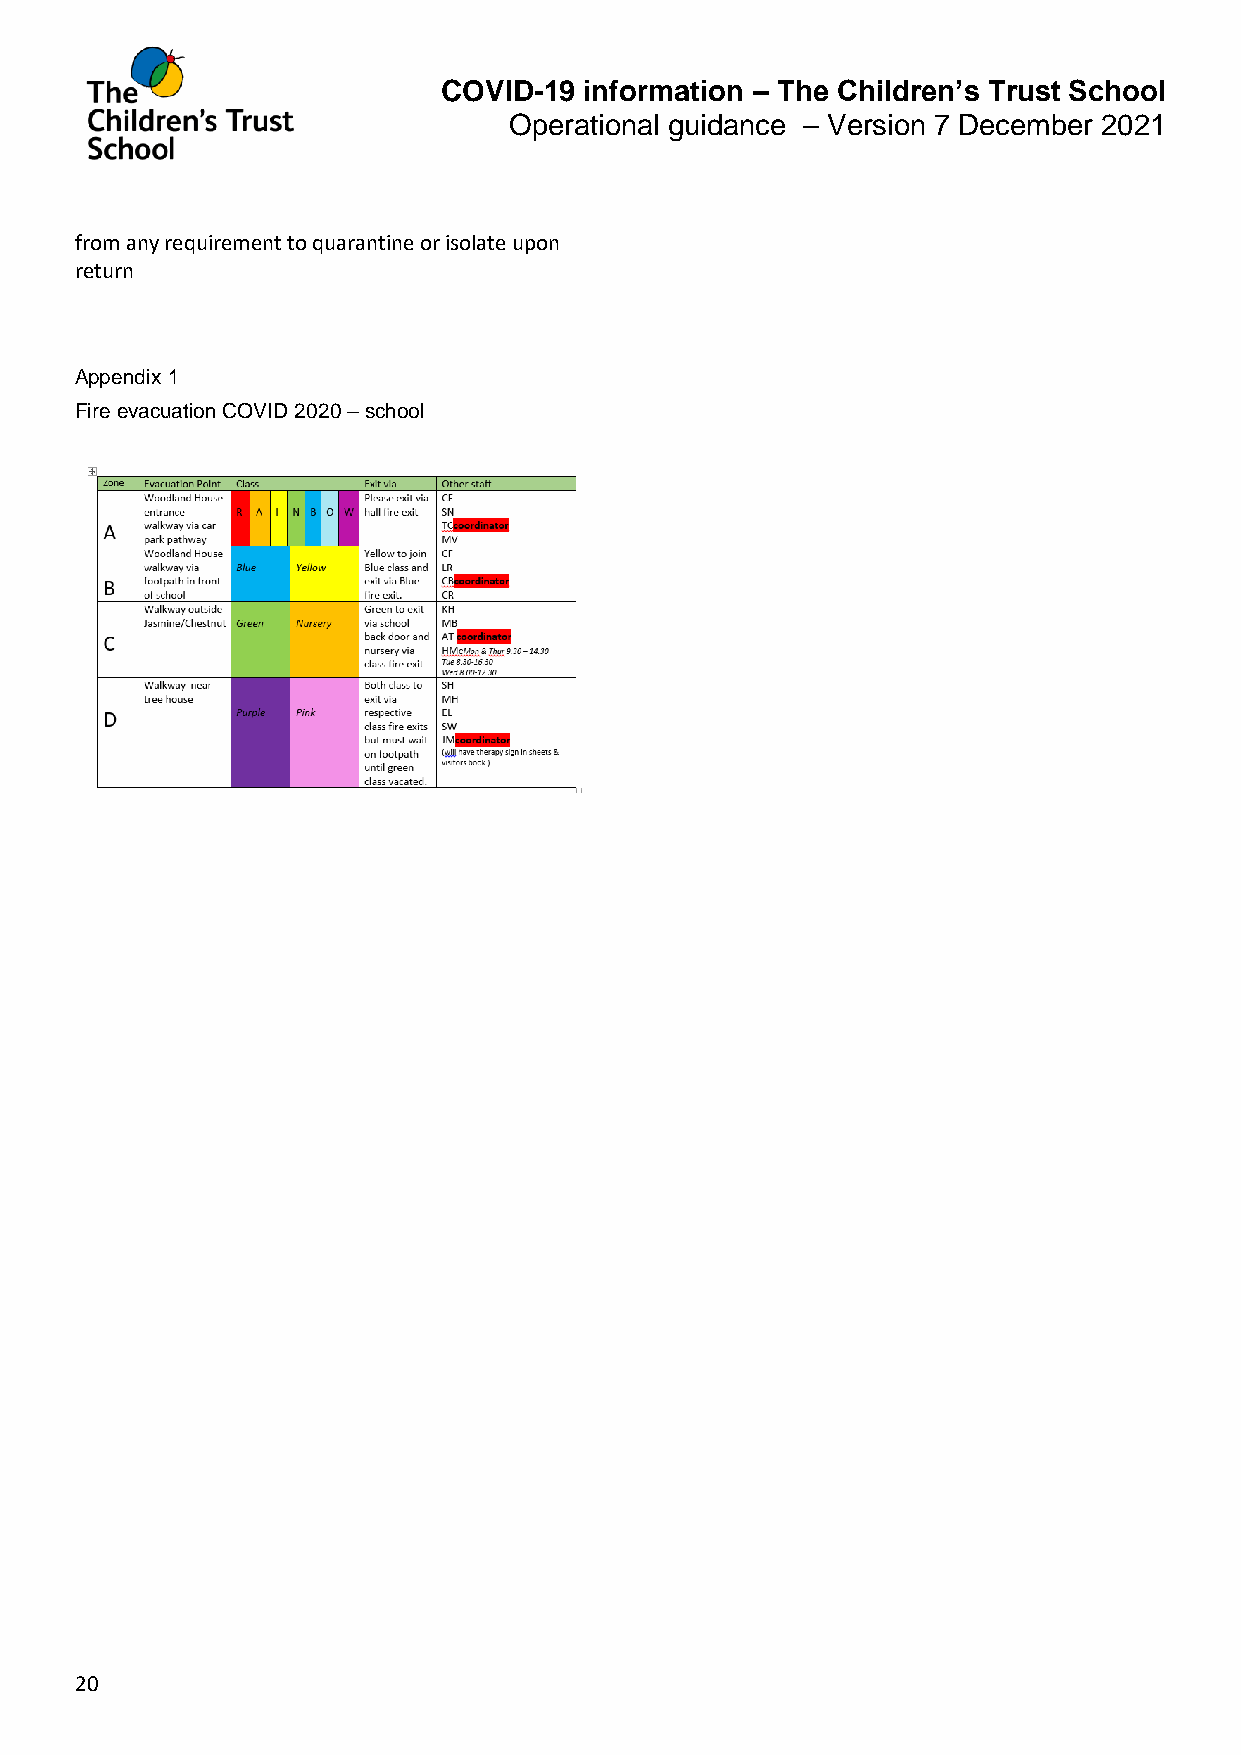
COVID-19  information – The Children’s Trust School
 Operational guidance – Version 7 December 2021
 from any requirement to quarantine or isolate upon
 return
 Appendix 1
 Fire evacuation COVID 2020 – school
 20